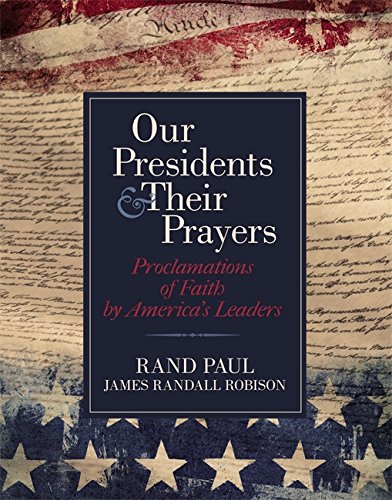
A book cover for Our Presidents & Their Prayers: Proclamations of Faith by America's Leaders; Rand Paul; Religion & Spirituality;